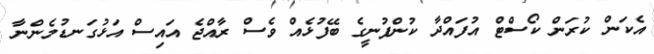
އެކަން ކުރަން ކޯސްޓް އުފައްދާ ކުންފުނީގެ ބޭފުޅެއް ވެސް ރާއްޖެ އައިސް އަޅުގަނޑުމެންނާ